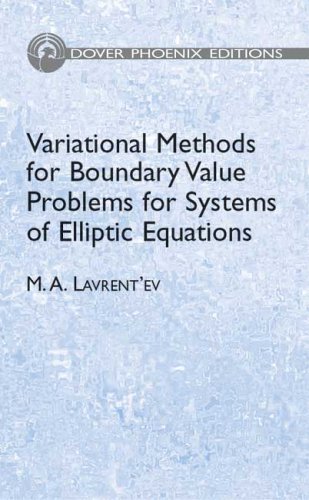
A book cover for Variational Methods for Boundary Value Problems: for Systems of Elliptic Equations (Phoenix Edition); M. A. LavrentEEev; Science & Math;